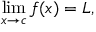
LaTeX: \operatorname* { l i m } _ { x \to c } f ( x ) = L ,